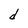
Character: d